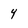
Character: Y